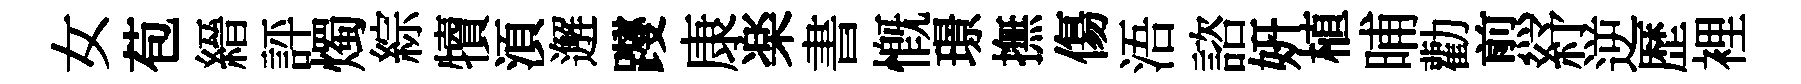
女苞縉評燭綜犢湏邂躞康楽書慨璟撫傷浯諮妍植晡勸煎紓逆歴裡